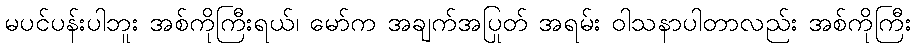
မပင်ပန်းပါဘူး အစ်ကိုကြီးရယ်၊ မော်က အချက်အပြုတ် အရမ်း ဝါသနာပါတာလည်း အစ်ကိုကြီး